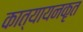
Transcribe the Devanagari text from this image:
कात्यायनकृत